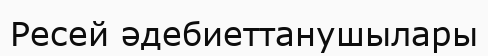
Ресей әдебиеттанушылары